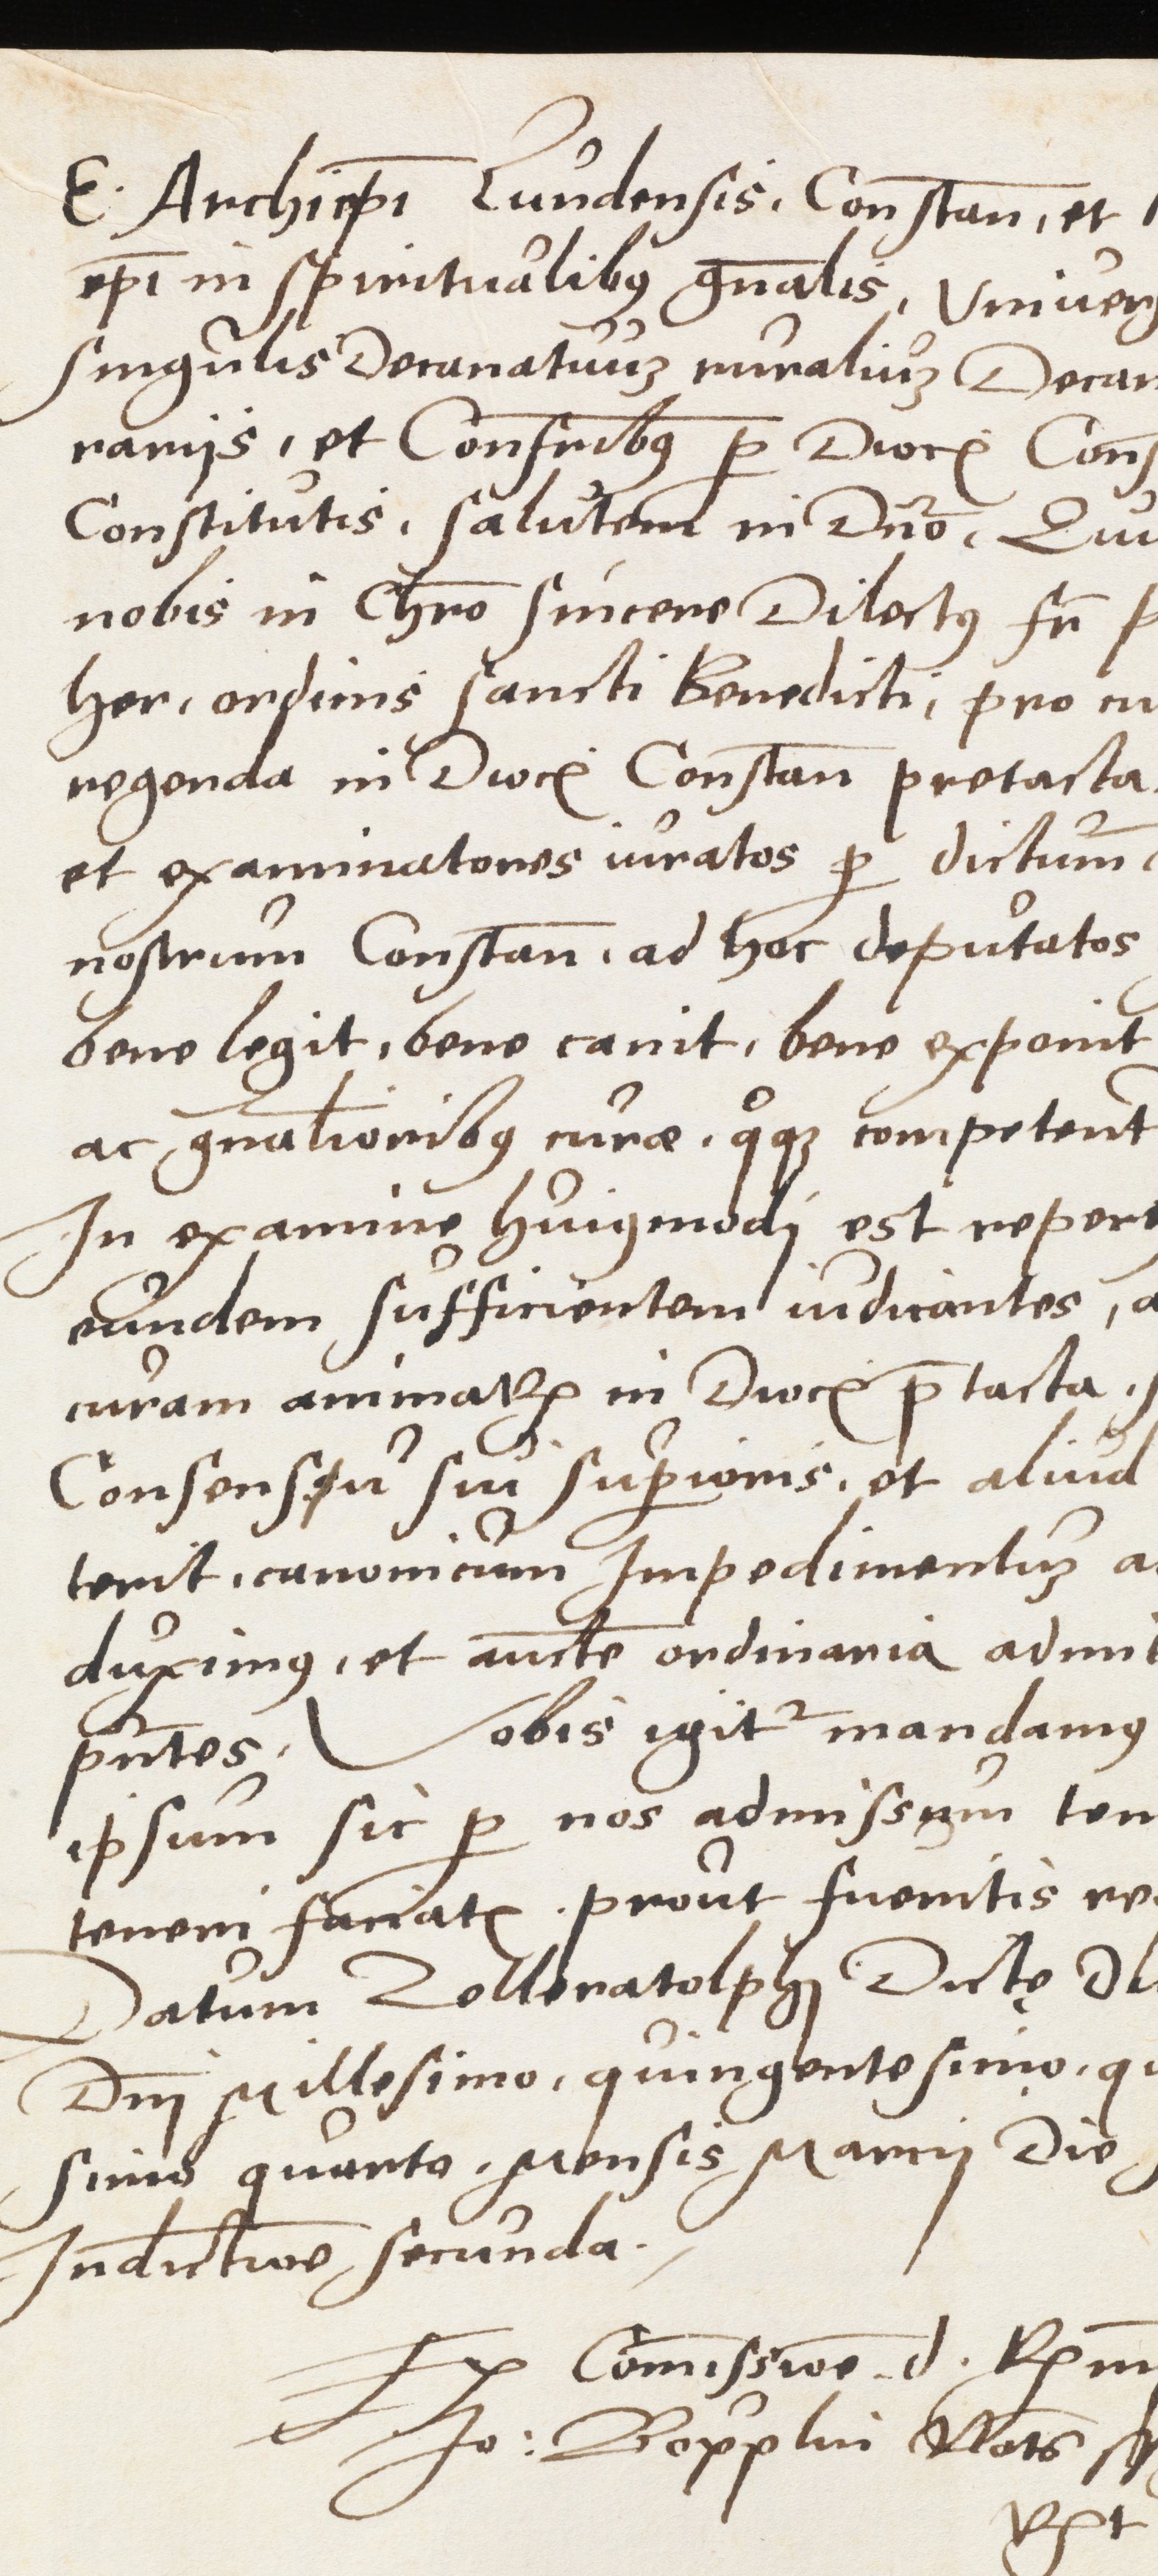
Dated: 1500–1599